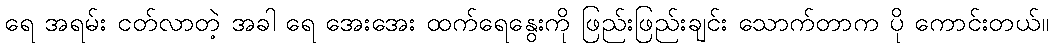
ရေ အရမ်း ငတ်လာတဲ့ အခါ ရေ အေးအေး ထက်ရေနွေးကို ဖြည်းဖြည်းချင်း သောက်တာက ပို ကောင်းတယ်။